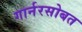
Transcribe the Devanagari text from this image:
गार्नरसोबत